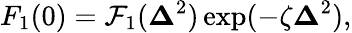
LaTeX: F_{1}(0)={\cal F}_{1}({\mathbf\Delta}^{2})\exp(-\zeta{\mathbf\Delta}^{2}),